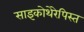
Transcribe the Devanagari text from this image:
साइकोथेरेपिस्त